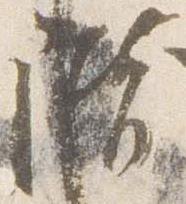
階